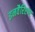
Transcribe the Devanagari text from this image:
इनवैरिएण्ट